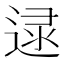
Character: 𨓻